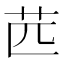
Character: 苉